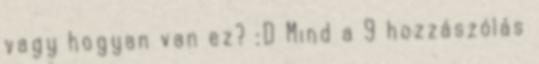
vagy hogyan van ez? :D Mind a 9 hozzászólás